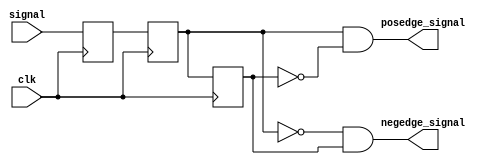
//-----------------------------------------------------------------------------
//
// Title       : Edge_Detector
// Design      : Assignment2
// Author      : 
// Company     : 
//
//-----------------------------------------------------------------------------
//
// Generated   : Mon Feb 16 22:13:32 2015
// From        : interface description file
// By          : Itf2Vhdl ver. 1.22
//
//-----------------------------------------------------------------------------
//
// Description : 
//
//-----------------------------------------------------------------------------
`timescale 1 ns / 1 ps

//{{ Section below this comment is automatically maintained
//   and may be overwritten
//{module {Edge_Detector}}
module Edge_Detector (
	input clk,
	input signal,
	output posedge_signal,
	output negedge_signal
	);
//}} End of automatically maintained section

// -- Enter your statements here -- //
reg value, delay_1, delay_2;

always@(posedge clk)
begin
	value <= signal;
	delay_1 <= value;
	delay_2 <= delay_1;
end

assign posedge_signal = delay_1 & ~delay_2;
assign negedge_signal = ~delay_1 & delay_2;

endmodule